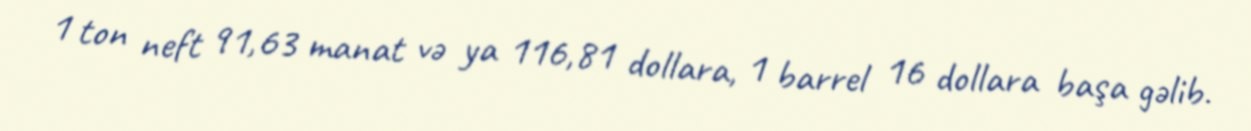
1 ton neft 91,63 manat və ya 116,81 dollara, 1 barrel 16 dollara başa gəlib.